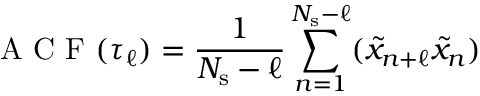
\mathrm { ~ A ~ C ~ F ~ } ( \tau _ { \ell } ) = \frac { 1 } { N _ { \mathrm { s } } - \ell } \sum _ { n = 1 } ^ { N _ { \mathrm { s } } - \ell } ( \tilde { x } _ { n + \ell } \tilde { x } _ { n } )